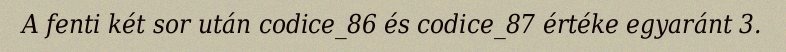
A fenti két sor után codice_86 és codice_87 értéke egyaránt 3.